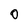
Character: 0